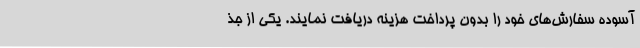
آسوده سفارش‌های خود را بدون پرداخت هزینه دریافت نمایند. یکی از جذ